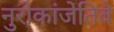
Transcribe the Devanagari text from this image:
नुरोकांजेतिवे